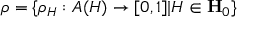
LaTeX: \rho = \{ \rho _ { H } : A ( H ) \rightarrow [ 0 , 1 ] | H \in \mathbf { H } _ { 0 } \}